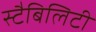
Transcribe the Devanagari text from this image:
स्टैबिलिटी